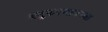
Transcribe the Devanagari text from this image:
अनुकरणावस्था